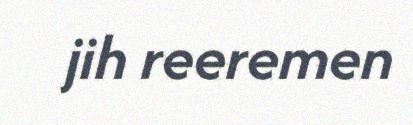
jih reeremen